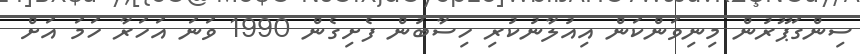
ސިންގަޕޫރުން މިނިވަންކަން އިއުލާނުކުރި ހިސާބުން ފެށިގެން 1990 ވަނަ އަހަރާ ހަމަ އަށް